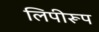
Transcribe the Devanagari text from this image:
लिपीरूप